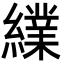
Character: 䌜